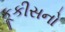
કૂકીસનો